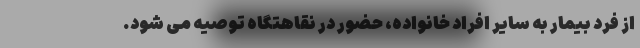
از فرد بیمار به سایر افراد خانواده، حضور در نقاهتگاه توصیه می شود.